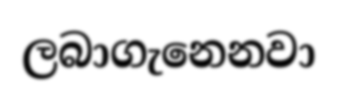
ලබාගැනෙනවා